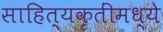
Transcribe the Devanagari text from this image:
साहित्यकृतींमध्ये